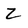
Character: 2